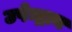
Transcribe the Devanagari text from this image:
उपेन्द्राय